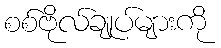
စစ်ဗိုလ်ချုပ်များကို